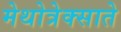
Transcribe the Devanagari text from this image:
मेथोत्रेक्साते